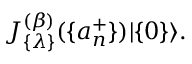
J _ { \{ \lambda \} } ^ { ( \beta ) } ( \{ a _ { n } ^ { + } \} ) | \{ 0 \} \rangle .